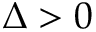
\Delta > 0